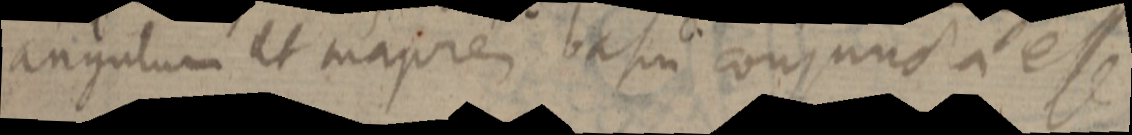
angulum et majorem basin conjuncta esse